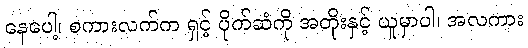
နေပေါ့၊ စကားလက်က ရှင့် ပိုက်ဆံကို အတိုးနှင့် ယူမှာပါ၊ အလကား